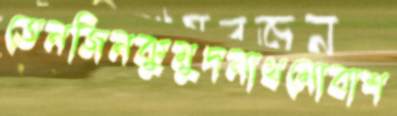
তেনজিনকুমুদনাথমোবাশ